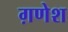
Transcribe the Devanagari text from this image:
ग़णेश